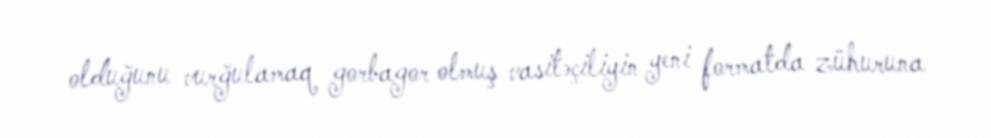
olduğunu vurğulamaq gorbagor olmuş vasitəçiliyin yeni formatda zühuruna